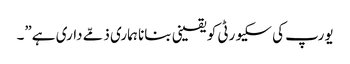
یورپ کی سکیورٹی کو یقینی بنانا ہماری ذمّے داری ہے”۔